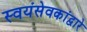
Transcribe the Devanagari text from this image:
स्वयंसेवकांद्वारे